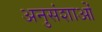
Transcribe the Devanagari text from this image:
अनुसंशाओं